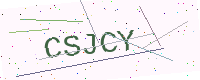
Text: CSJCY